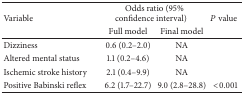
<table><thead><tr><td rowspan="2"><b>Variable</b></td><td colspan="2"><b>Odds ratio (95% confidence interval)</b></td><td rowspan="2"><b><i>P</i> value</b></td></tr><tr><td><b>Full model</b></td><td><b>Final model</b></td></tr></thead><tbody><tr><td>Dizziness</td><td>0.6 (0.2–2.0)</td><td>NA</td><td> </td></tr><tr><td>Altered mental status</td><td>1.1 (0.2–4.6)</td><td>NA</td><td> </td></tr><tr><td>Ischemic stroke history</td><td>2.1 (0.4–9.9)</td><td>NA</td><td> </td></tr><tr><td>Positive Babinski reflex</td><td>6.2 (1.7–22.7)</td><td>9.0 (2.8–28.8)</td><td>&lt;0.001</td></tr></tbody></table>